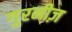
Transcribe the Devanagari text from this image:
गुरनीज़